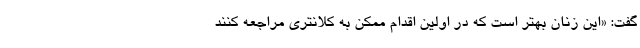
گفت: «این زنان بهتر است که در اولین اقدام ممکن به کلانتری مراجعه کنند